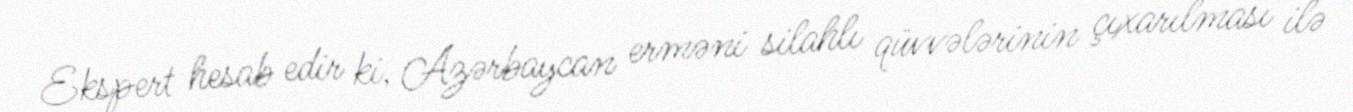
Ekspert hesab edir ki, Azərbaycan erməni silahlı qüvvələrinin çıxarılması ilə